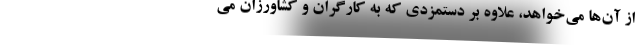
از آن‌ها می‌خواهد، علاوه‌ بر دستمزدی که به کارگران و کشاورزان می‌